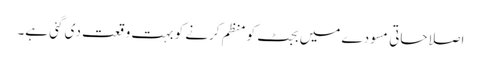
اصلاحاتی مسودے میں بجٹ کو منظم کرنے کو بہت وقعت دی گئی ہے۔